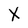
Character: X